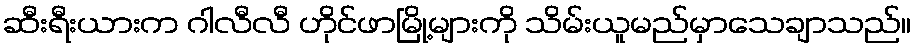
ဆီးရီးယားက ဂါလီလီ ဟိုင်ဖာမြို့များကို သိမ်းယူမည်မှာသေချာသည်။